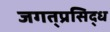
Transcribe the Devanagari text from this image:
जगत्‌प्रसिद्ध